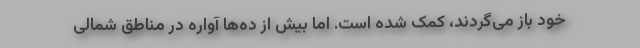
خود باز می‌گردند، کمک شده است. اما بیش از ده‌ها آواره در مناطق شمالی